Indian journal of veterinary science and animal husbandry - Volumes 24-25, 1954-1955
Year: 1954
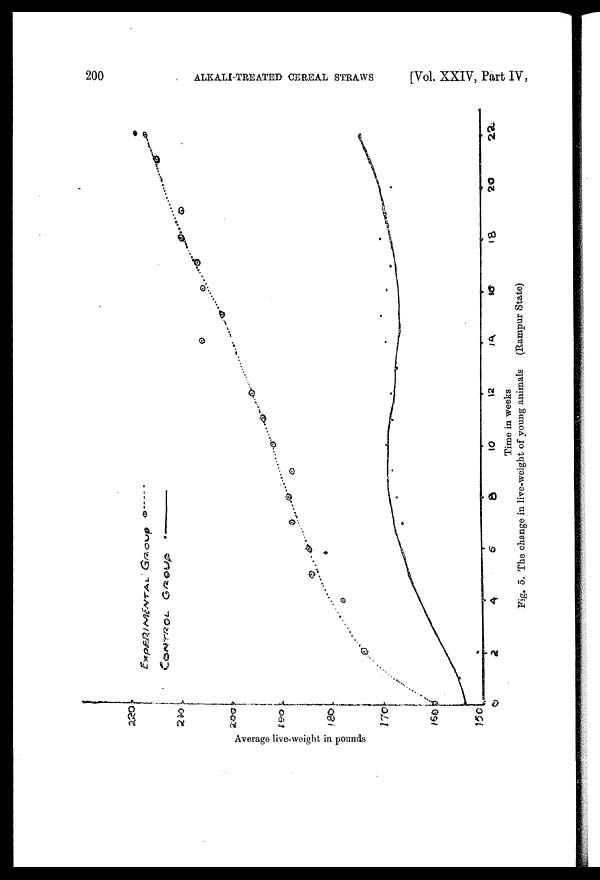
200
ALKALI-TREATED CEREAL STRAWS
[Vol. XXIV, Part IV,
Fig. 5. The change in live-weight of young animals
(Rampur State)